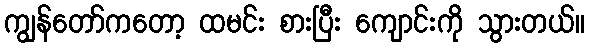
ကျွန်တော်ကတော့ ထမင်း စားပြီး ကျောင်းကို သွားတယ်။